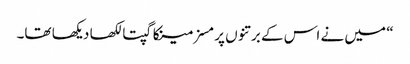
“ میں نے اس کے برتنوں پر مسز مینکا گپتا لکھا دیکھا تھا۔